NAE_ERA_R-1665_Eesti_Kunstnike_Liit, lk 20
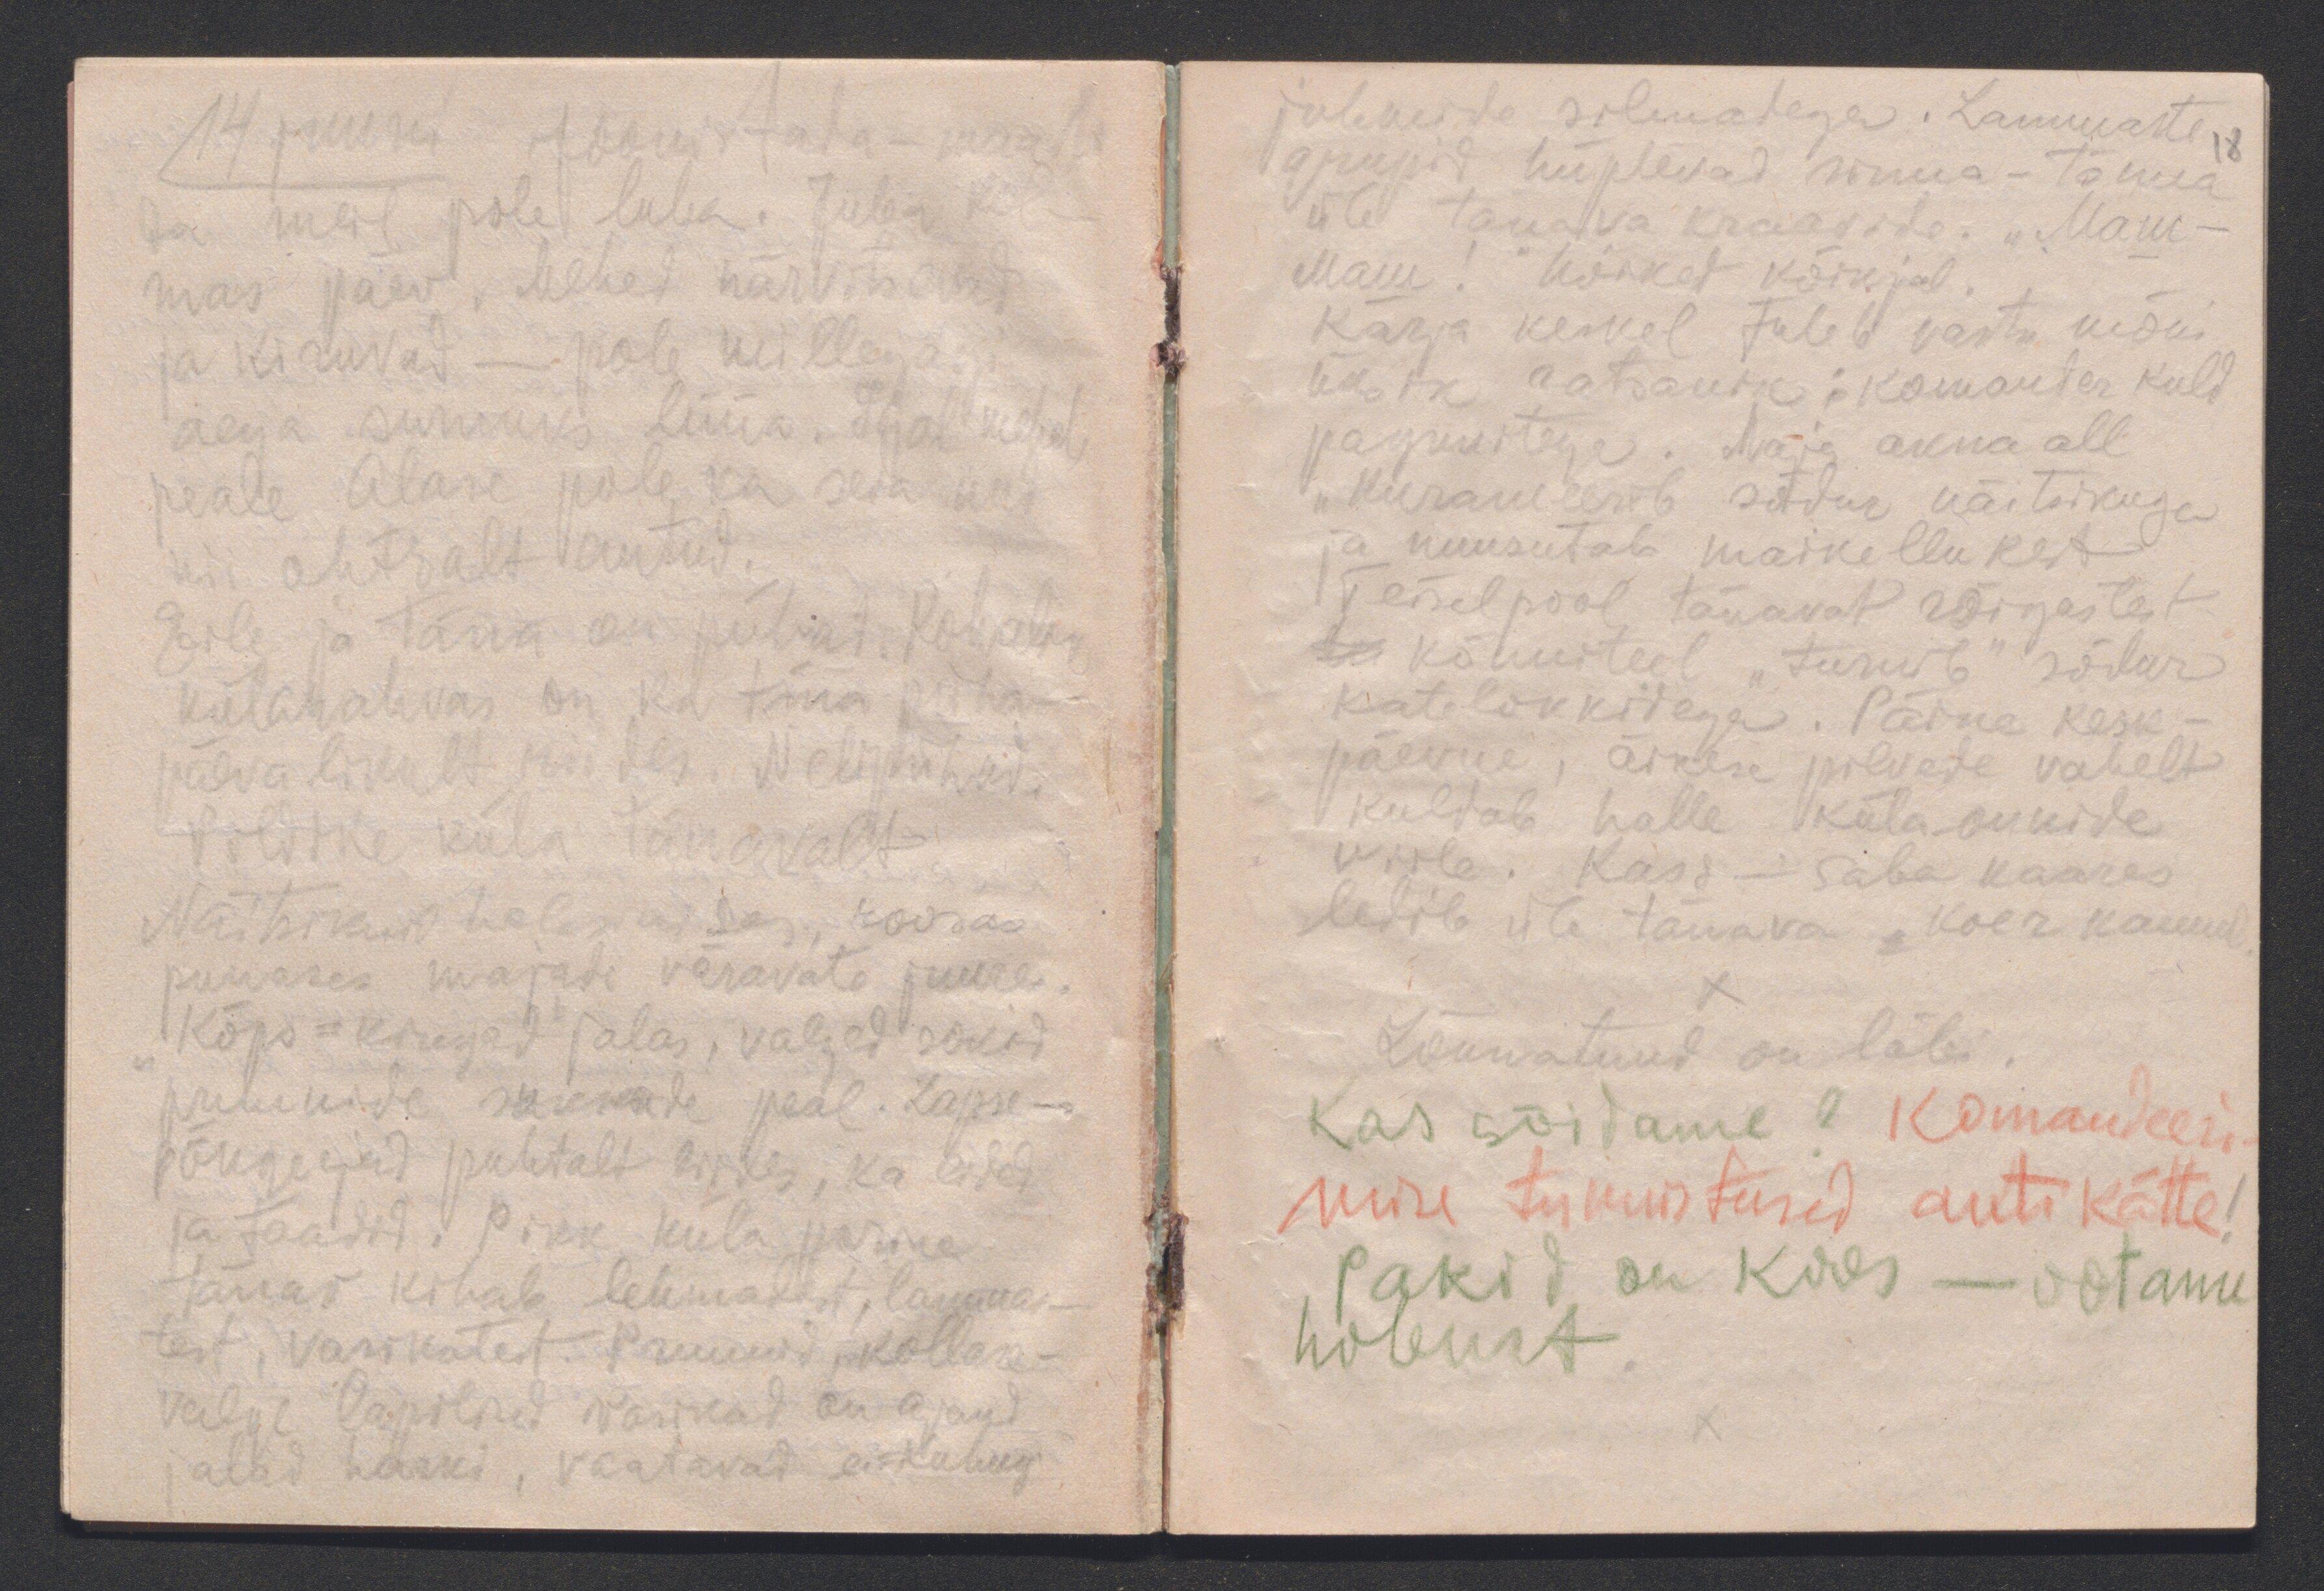
14 juuni Joonistada-maali-
da meil pole luba. Juba kol-
mas päev. Mehed närvitsevad
ja kiruvad - pole millegagi
aega surnuks lüüa. Igal mehel
peale Alase pole ka seda und
nii ohtralt antud.
Eile ja täna on pühad. Kohalik
külarahvas on ka täna püha-
päevalikult riides. Nelipühad
Pildike küla tänavalt:
Näitsikud helesinises, roosas
punases majade väravate juures.
"Kõps-kingad" jalas, valged sokid
pruunide sukkade peal. Lapse-
põngerjad puhtalt riides, ka eided
ja taadid. Pikk küla porine
tänav kihab lehmadest, lammas-
test, vasikatest. Pruunid, kollase-
valge lapilised vasikad on ajand
jalad harki, vaatavad ei-kuhugi

juhmide silmadega. Lammaste 18
grupid hüplevad sinna-tänna
üle tänava kraavide. "Mam-
Mam!" hõiked kõikjal.
Karja keskel tuleb vastu mõni
üksik ratsanik: komander kuld
pagunitega. Maja akna all
"kurameerib sõdur näitsikuga
ja nuusutab maikellukest
Teiselpool tänavat rõigastest
te kõnniteel "turnib" sõdur
katelokkidega. Päike kesk-
päevne, äikese pilvede vahelt
kuldab halle küla-onnide
viile. Kass - saba kaares
ledib üle tänava, koer kannul.
x
Lõunatund on läbi.
Kas sõidame? Komandeeri-
mise tunnistused anti kätte!
Pakid on koos - ootame
hobust.